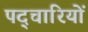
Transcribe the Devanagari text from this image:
पद्चारियों